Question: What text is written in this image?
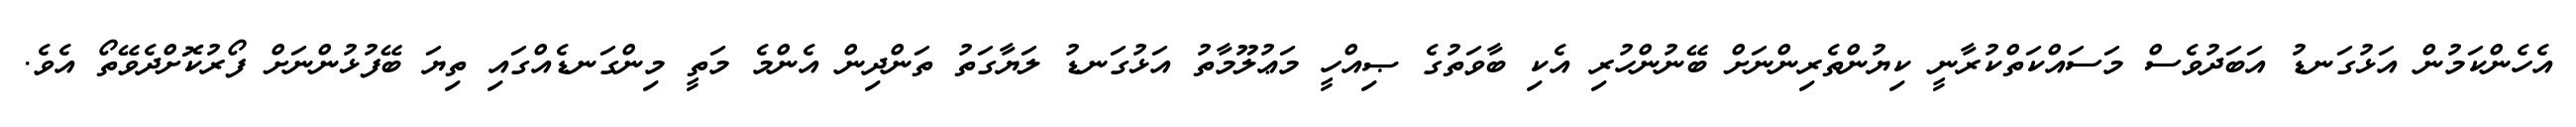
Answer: އެހެންކަމުން އަޅުގަނޑު އަބަދުވެސް މަސައްކަތްކުރާނީ ކިޔުންތެރިންނަށް ބޭނުންހުރި އެކި ބާވަތުގެ ޞިއްހީ މަޢުލޫމާތު އަޅުގަނޑު ލަޔާގަތު ތަންދިން އެންމެ މަތީ މިންގަނޑެއްގައި ތިޔަ ބޭފުޅުންނަށް ފޯރުކޮށްދެވޭތޯ އެވެ.